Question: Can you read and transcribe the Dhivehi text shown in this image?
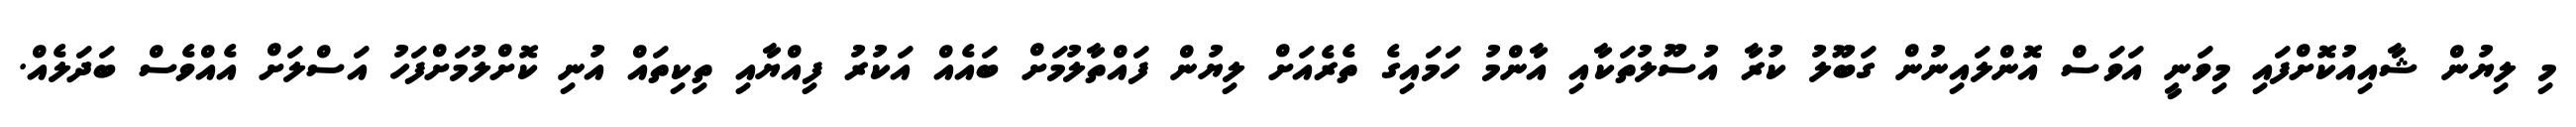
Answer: މި ލިޔުން ޝާއިއުކޮށްފައި މިވަނީ އަވަސް އޮންލައިނުން ގަބޫލު ކުރާ އުސޫލުތަކާއި އާންމު ހަމައިގެ ތެރެއަށް ލިޔުން ފައްތާލުމަށް ބައެއް އަކުރު ފިއްޔާއި ތިކިތައް އުނި ކޮށްލުމަށްފަހު އަސްލަށް އެއްވެސް ބަދަލެއް.